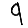
Digit: 9